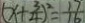
( x + \frac { 3 } { 4 } ) ^ { 2 } = \frac { 1 7 } { 1 6 }